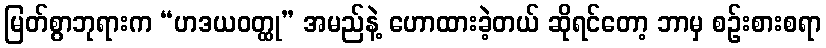
မြတ်စွာဘုရားက “ဟဒယဝတ္ထု” အမည်နဲ့ ဟောထားခဲ့တယ် ဆိုရင်တော့ ဘာမှ စဉ်းစားစရာ